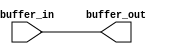
// (C) 1992-2018 Intel Corporation.                            
// Intel, the Intel logo, Intel, MegaCore, NIOS II, Quartus and TalkBack words    
// and logos are trademarks of Intel Corporation or its subsidiaries in the U.S.  
// and/or other countries. Other marks and brands may be claimed as the property  
// of others. See Trademarks on intel.com for full list of Intel trademarks or    
// the Trademarks & Brands Names Database (if Intel) or See www.Intel.com/legal (if Altera) 
// Your use of Intel Corporation's design tools, logic functions and other        
// software and tools, and its AMPP partner logic functions, and any output       
// files any of the foregoing (including device programming or simulation         
// files), and any associated documentation or information are expressly subject  
// to the terms and conditions of the Altera Program License Subscription         
// Agreement, Intel MegaCore Function License Agreement, or other applicable      
// license agreement, including, without limitation, that your use is for the     
// sole purpose of programming logic devices manufactured by Intel and sold by    
// Intel or its authorized distributors.  Please refer to the applicable          
// agreement for further details.                                                 


//The DSPBA backend can only return scheduling info for a few types of blocks, 
//including external IPs.  This IP is used to form a schedule query point.

module acl_dspba_buffer(
  buffer_in,
  buffer_out
);

parameter WIDTH = 32;

input  [WIDTH-1:0] buffer_in;
output [WIDTH-1:0] buffer_out;

assign buffer_out = buffer_in;

endmodule